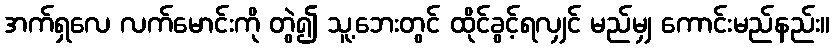
အက်ရှလေ လက်မောင်းကို တွဲ၍ သူ့ဘေးတွင် ထိုင်ခွင့်ရလျှင် မည်မျှ ကောင်းမည်နည်း။